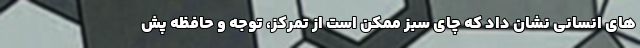
های انسانی نشان داد که چای سبز ممکن است از تمرکز، توجه و حافظه پش